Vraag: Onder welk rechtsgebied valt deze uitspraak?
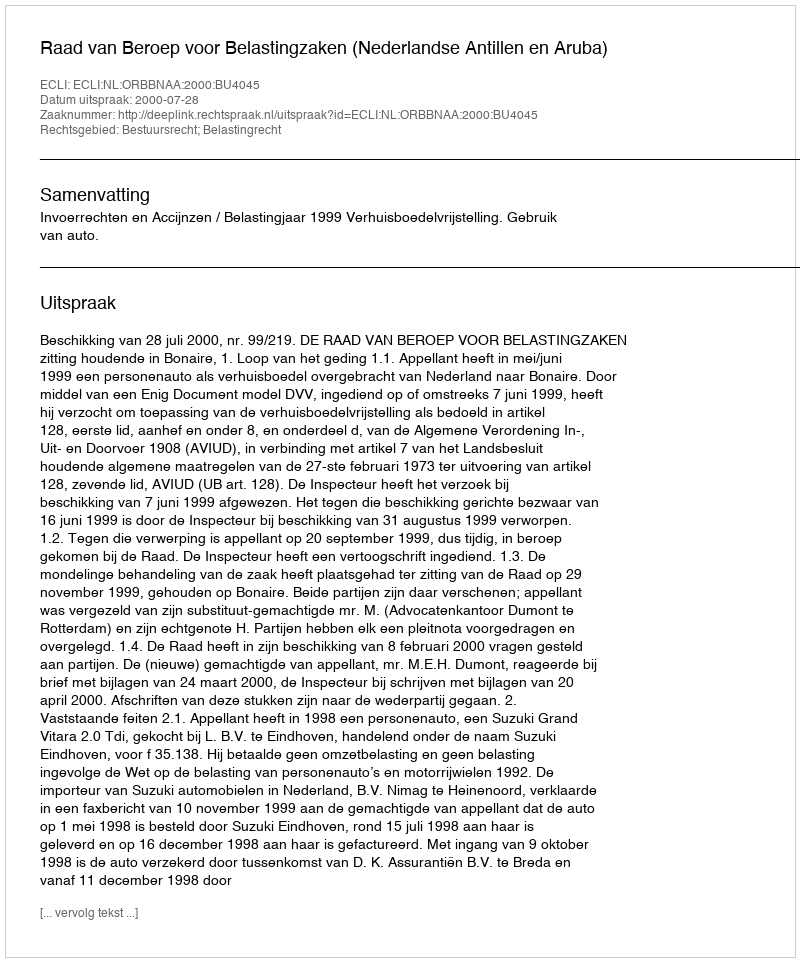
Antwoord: Bestuursrecht; Belastingrecht